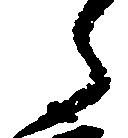
郎